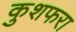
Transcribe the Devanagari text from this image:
कुशफरा